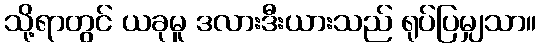
သို့ရာတွင် ယခုမူ ဒလားဒီးယားသည် ရုပ်ပြမျှသာ။